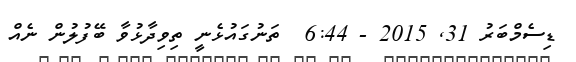
ޑިސެމްބަރު 31